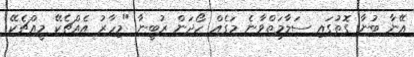
އޭނާ ބުނާ ގޮތުގައި ސަލާމަތްވާނެ މަގެއް ހޯދަން ރުބީނާ "މިހާރު އެއްޗެކޭ މީއްޗެކޭ